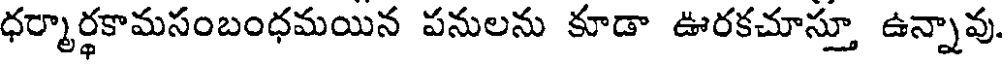
ధర్మార్థకామసంబంధమయిన పనులను కూడా ఊరకచూస్తూ ఉన్నావు.